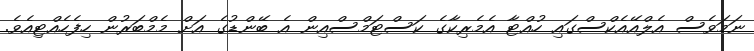
ނަމަވެސް އެލްއޭއެކްސްގައި ހުއްޓާ އެމެރިކާގެ ކަސްޓަމްސްއިން އެ ބޭންޑުގެ އަށް މެމްބަރުން ހިފެހެއްޓިއެވެ.